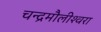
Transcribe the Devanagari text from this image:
चन्‍द्रमौलीश्‍वरा